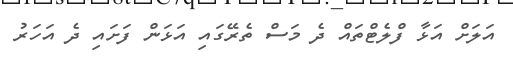
އަލަށް އަޅާ ފްލެޓްތައް ދެ މަސް ތެރޭގައި އަޅަން ފަށައި ދެ އަހަރު